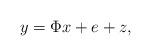
LaTeX: \begin{align*}y=\Phi x+e+z,\end{align*}